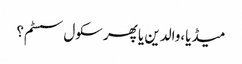
میڈیا،والدین یا پھر سکول سسٹم؟